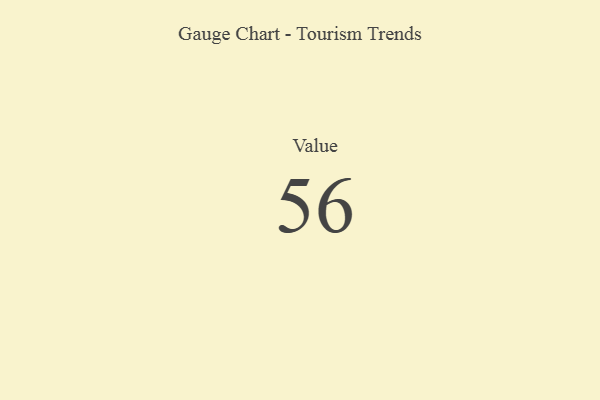
{"axis": {"x": "Metric", "y": "Value"}, "legend": [""], "data": [{"x": "Value", "y": 56, "type": ""}]}